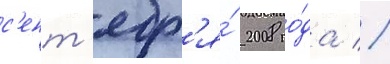
с'ент'ябр'я́ 2008 го́да //